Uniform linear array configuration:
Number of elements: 12
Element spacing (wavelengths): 0.25
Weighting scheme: binomial
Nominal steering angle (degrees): -60
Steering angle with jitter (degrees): -58.66
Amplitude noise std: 0.05
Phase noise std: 0.05

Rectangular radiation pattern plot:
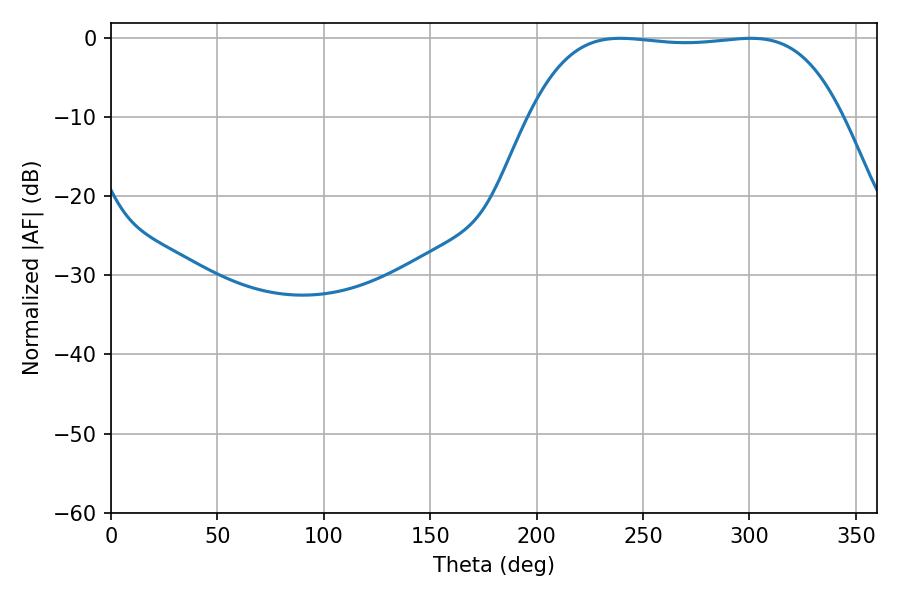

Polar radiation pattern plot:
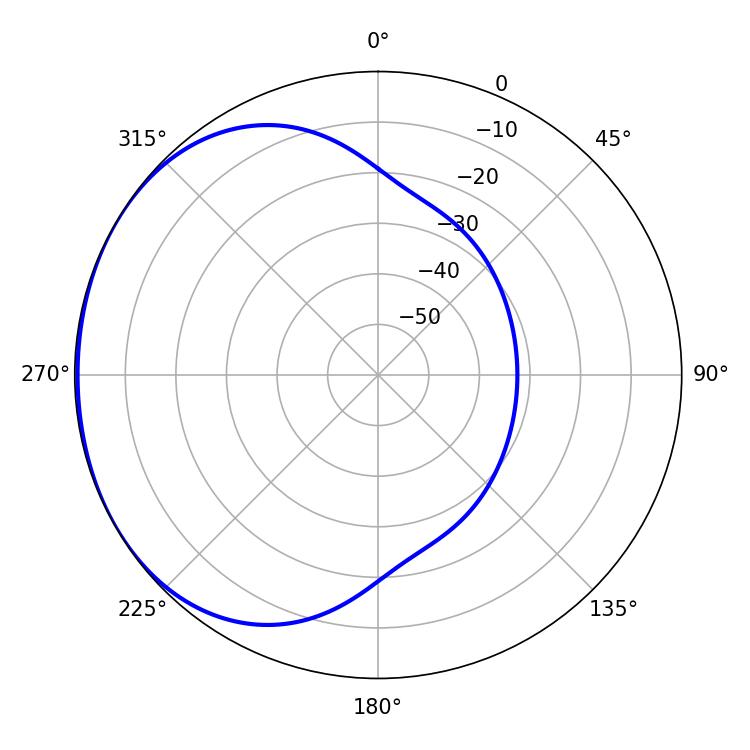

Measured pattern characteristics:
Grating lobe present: FALSE
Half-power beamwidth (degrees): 114.84
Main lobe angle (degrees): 239.4